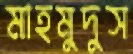
মাহমুদুস